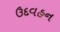
ઉદવહન